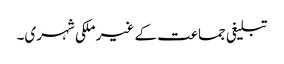
تبلیغی جماعت کے غیر ملکی شہری۔